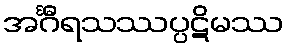
အင်္ဂီရသဿပ္ပဋိမဿ